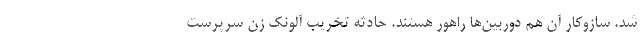
شد. سازوکار آن هم دوربین‌ها راهور هستند. حادثه تخریب آلونک زن سرپرست